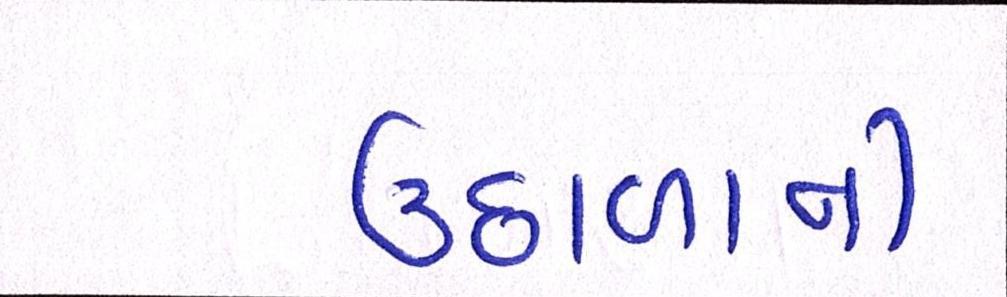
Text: ઉછાળાની